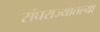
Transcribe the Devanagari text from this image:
संघराज्यातल्या